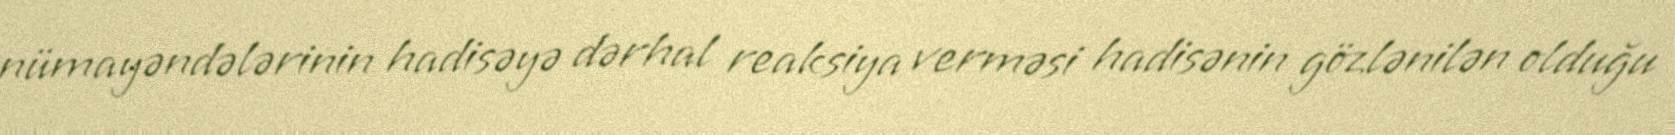
nümayəndələrinin hadisəyə dərhal reaksiya verməsi hadisənin gözlənilən olduğu